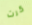
كرت